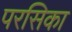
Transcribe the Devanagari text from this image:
परसिका